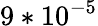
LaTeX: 9*10^{-5}